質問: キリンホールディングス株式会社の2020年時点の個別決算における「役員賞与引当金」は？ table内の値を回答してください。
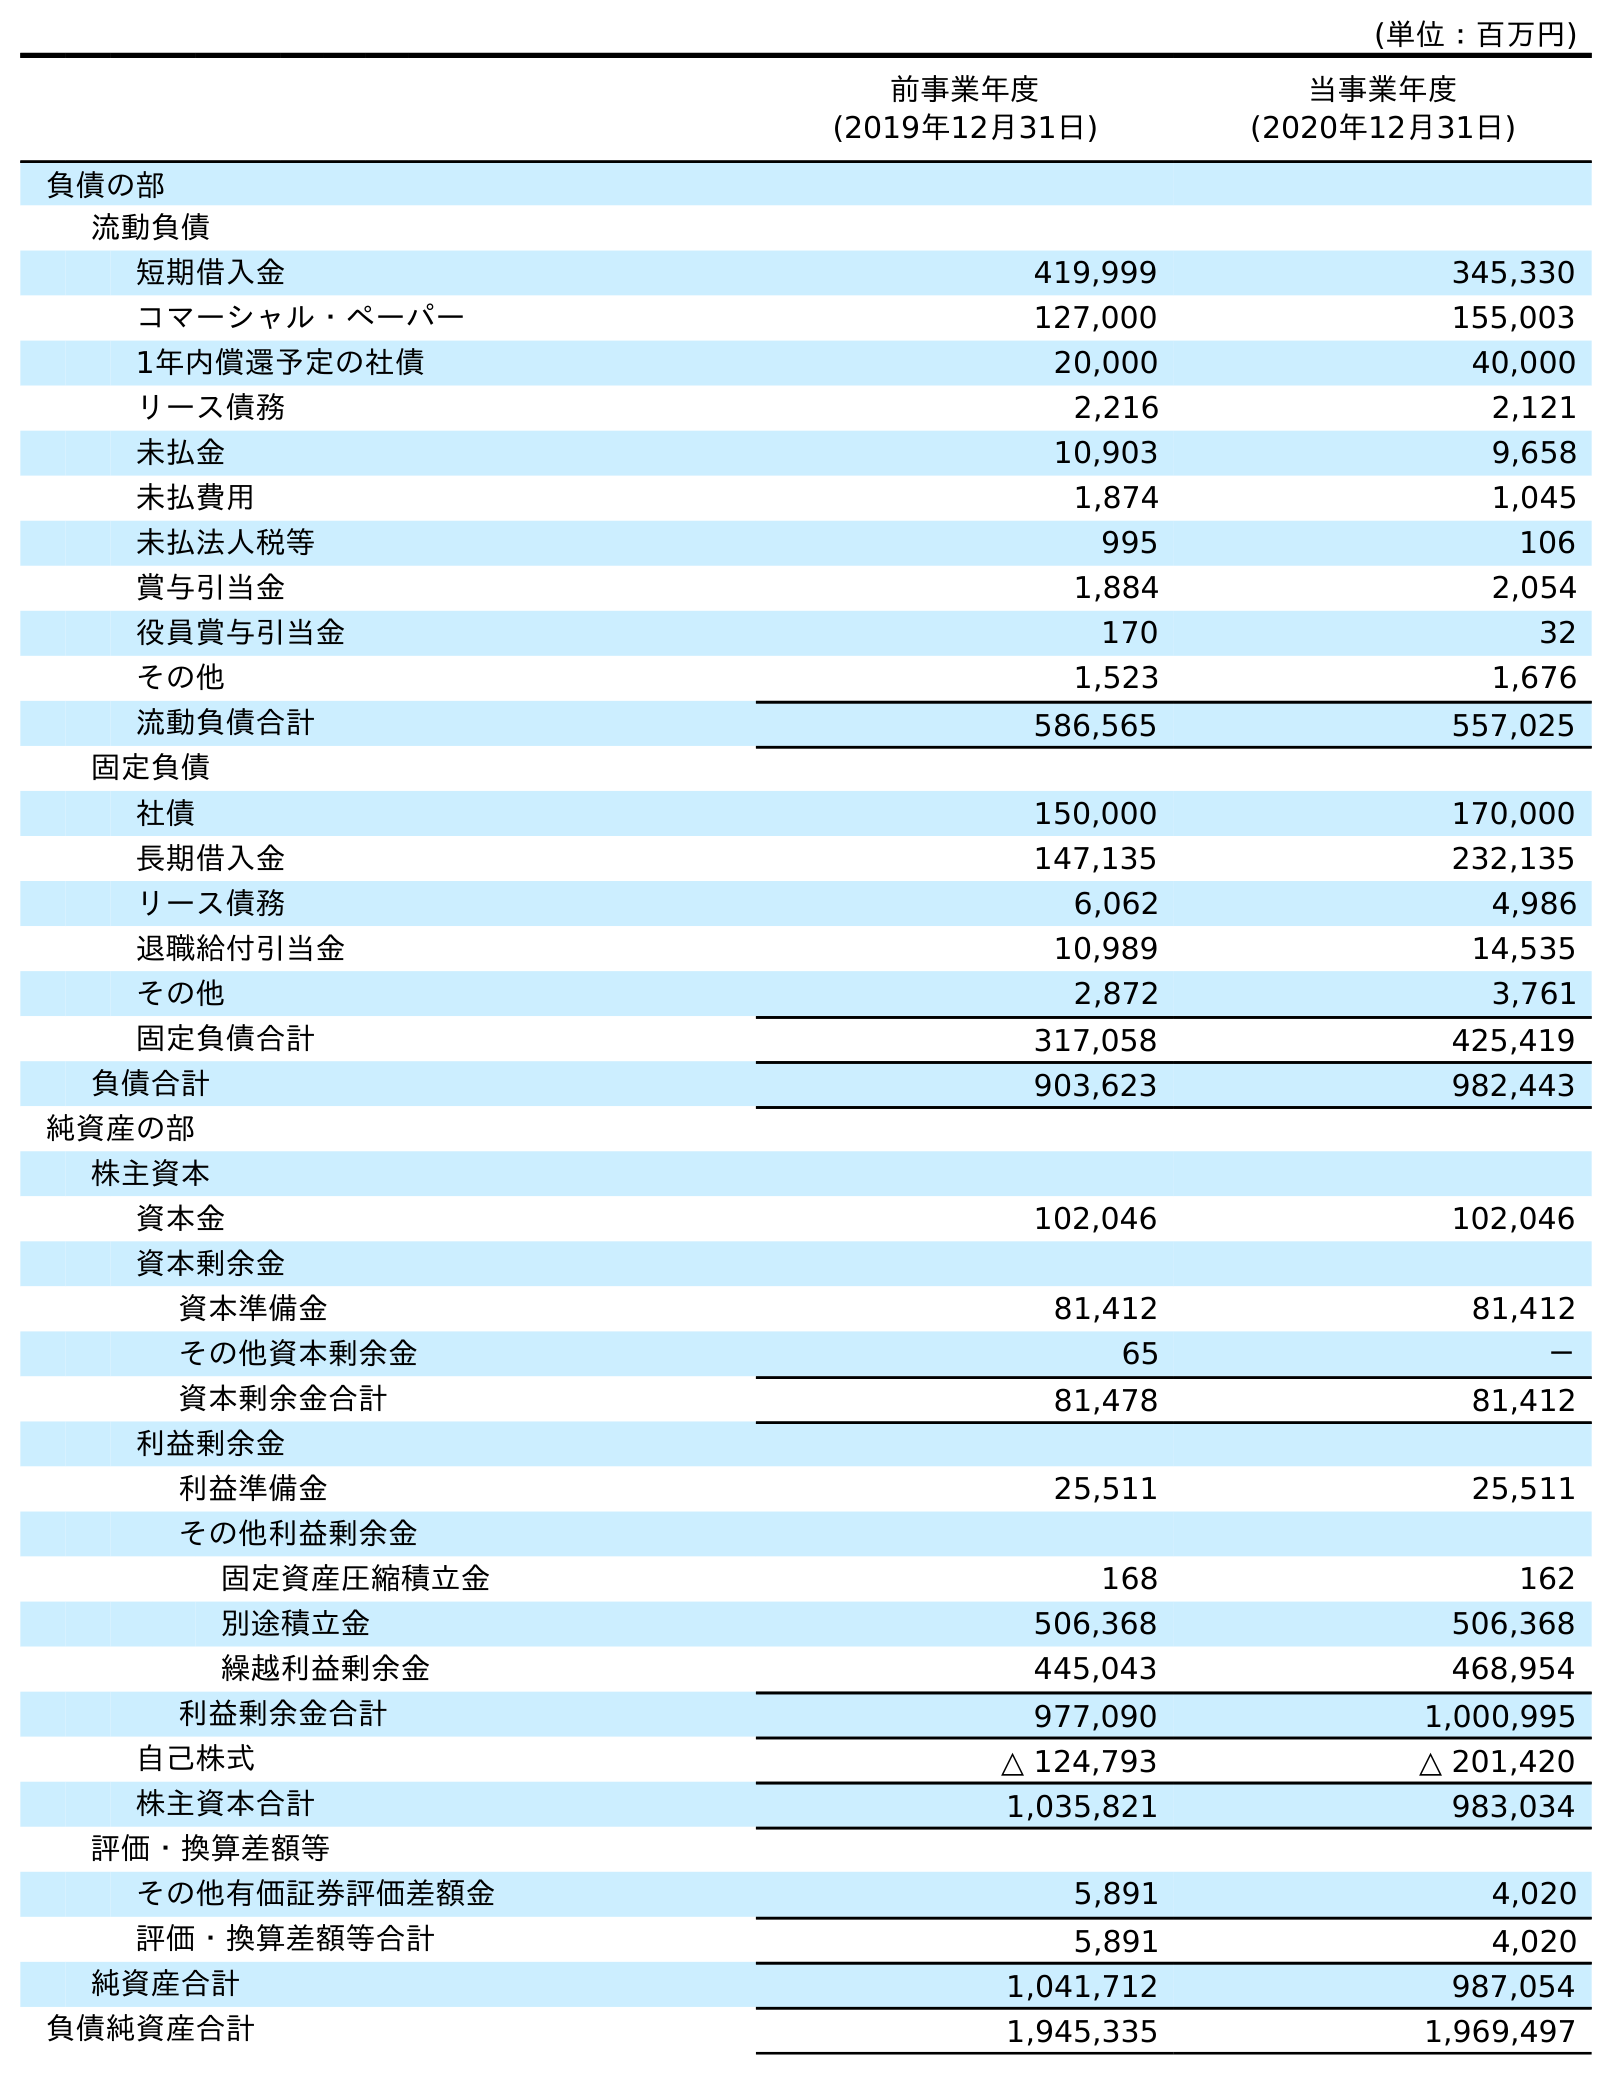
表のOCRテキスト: (単位：百万円) 前事業年度 (2019年12月31日) 当事業年度 (2020年12月31日) 負債の部 流動負債 短期借入金 419,999 345,330 コマーシャル・ペーパー 127,000 155,003 1年内償還予定の社債 20,000 40,000 リース債務 2,216 2,121 未払金 10,903 9,658 未払費用 1,874 1,045 未払法人税等 995 106 賞与引当金 1,884 2,054 役員賞与引当金 170 32 その他 1,523 1,676 流動負債合計 586,565 557,025 固定負債 社債 150,000 170,000 長期借入金 147,135 232,135 リース債務 6,062 4,986 退職給付引当金 10,989 14,535 その他 2,872 3,761 固定負債合計 317,058 425,419 負債合計 903,623 982,443 純資産の部 株主資本 資本金 102,046 102,046 資本剰余金 資本準備金 81,412 81,412 その他資本剰余金 65 － 資本剰余金合計 81,478 81,412 利益剰余金 利益準備金 25,511 25,511 その他利益剰余金 固定資産圧縮積立金 168 162 別途積立金 506,368 506,368 繰越利益剰余金 445,043 468,954 利益剰余金合計 977,090 1,000,995 自己株式 △ 124,793 △ 201,420 株主資本合計 1,035,821 983,034 評価・換算差額等 その他有価証券評価差額金 5,891 4,020 評価・換算差額等合計 5,891 4,020 純資産合計 1,041,712 987,054 負債純資産合計 1,945,335 1,969,497
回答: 32